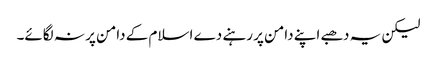
لیکن یہ دھبے اپنے دامن پر رہنے دے اسلام کے دامن پر نہ لگائے۔